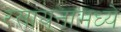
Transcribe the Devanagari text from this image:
रसायनामध्ये